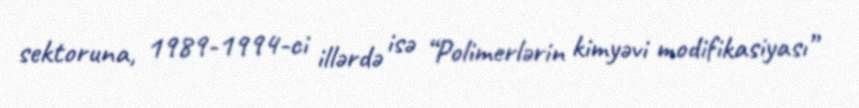
sektoruna, 1989-1994-ci illərdə isə “Polimerlərin kimyəvi modifikasiyası”